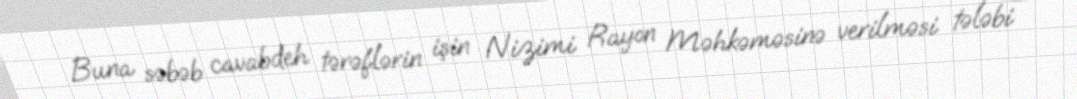
Buna səbəb cavabdeh tərəflərin işin Nizimi Rayon Məhkəməsinə verilməsi tələbi